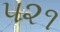
૫૨૧